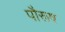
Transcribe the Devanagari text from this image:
पौरूष